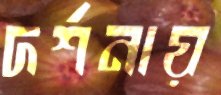
দর্শনায়